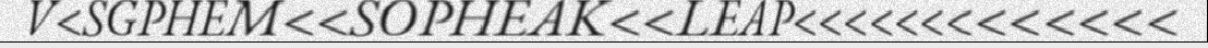
V<SGPHEM<<SOPHEAK<<LEAP<<<<<<<<<<<<<